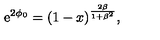
\mathrm { e } ^ { 2 \phi _ { 0 } } = ( 1 - x ) ^ { \frac { 2 \beta } { 1 + \beta ^ { 2 } } } ,